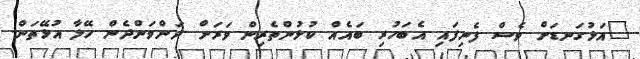
"އަޅުގަނޑަށް ވެސް ފެނިފައި އެބަހުރި ބައެއް ކުޅުންތެރިން ވަރަށް ދަންވަންދެން ހޭލާ އުޅޭތަން.